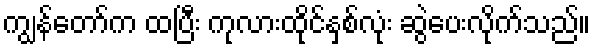
ကျွန်တော်က ထပြီး ကုလားထိုင်နှစ်လုံး ဆွဲပေးလိုက်သည်။